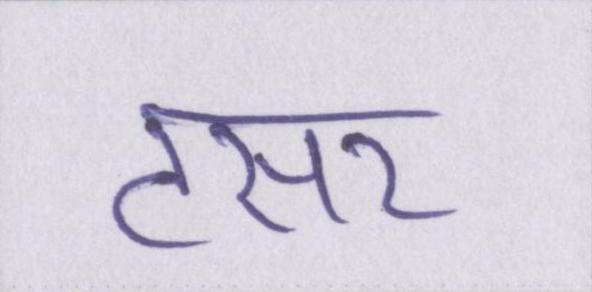
टसर